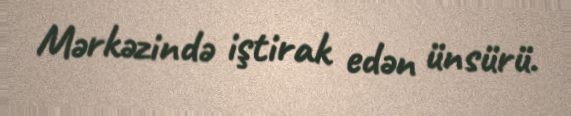
Mərkəzində iştirak edən ünsürü.